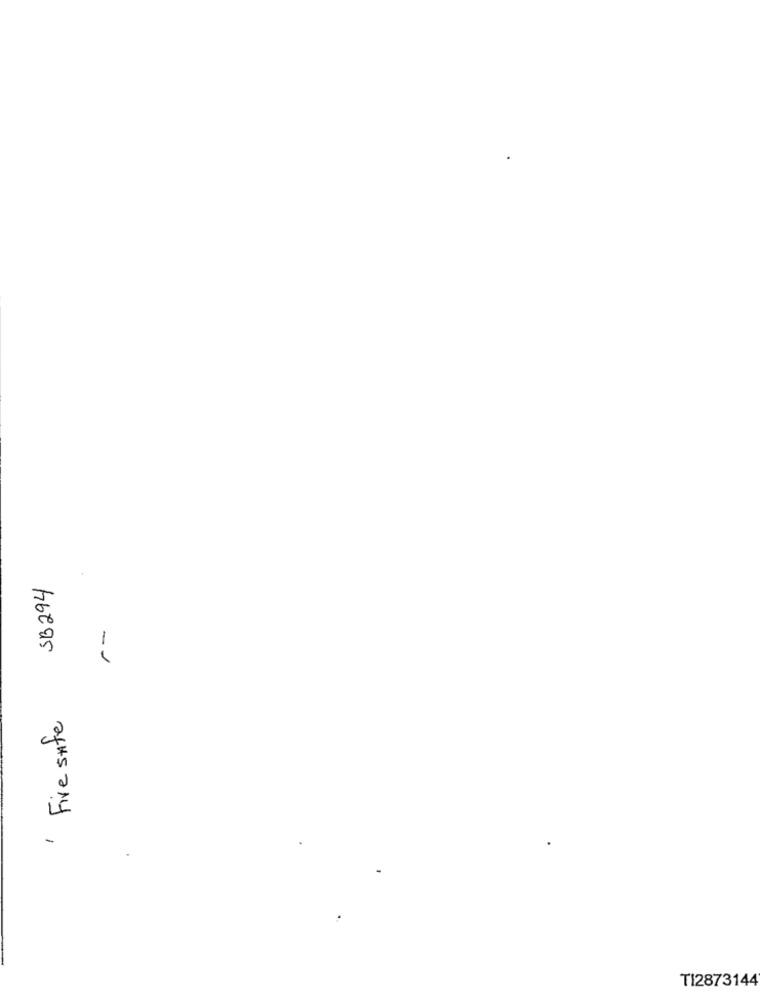
SB294
-1
' Five safe
TI2873144